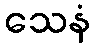
သေနံ